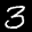
Label: 3